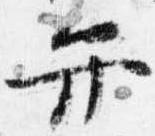
弁